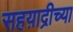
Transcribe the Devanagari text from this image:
सहय़ाद्रीच्या